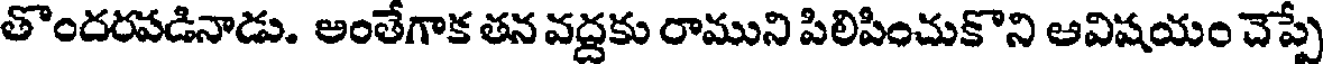
తొందరపడినాడు. అంతేగాక తన వద్దకు రాముని పిలిపించుకొని ఆవిషయం చెప్పే